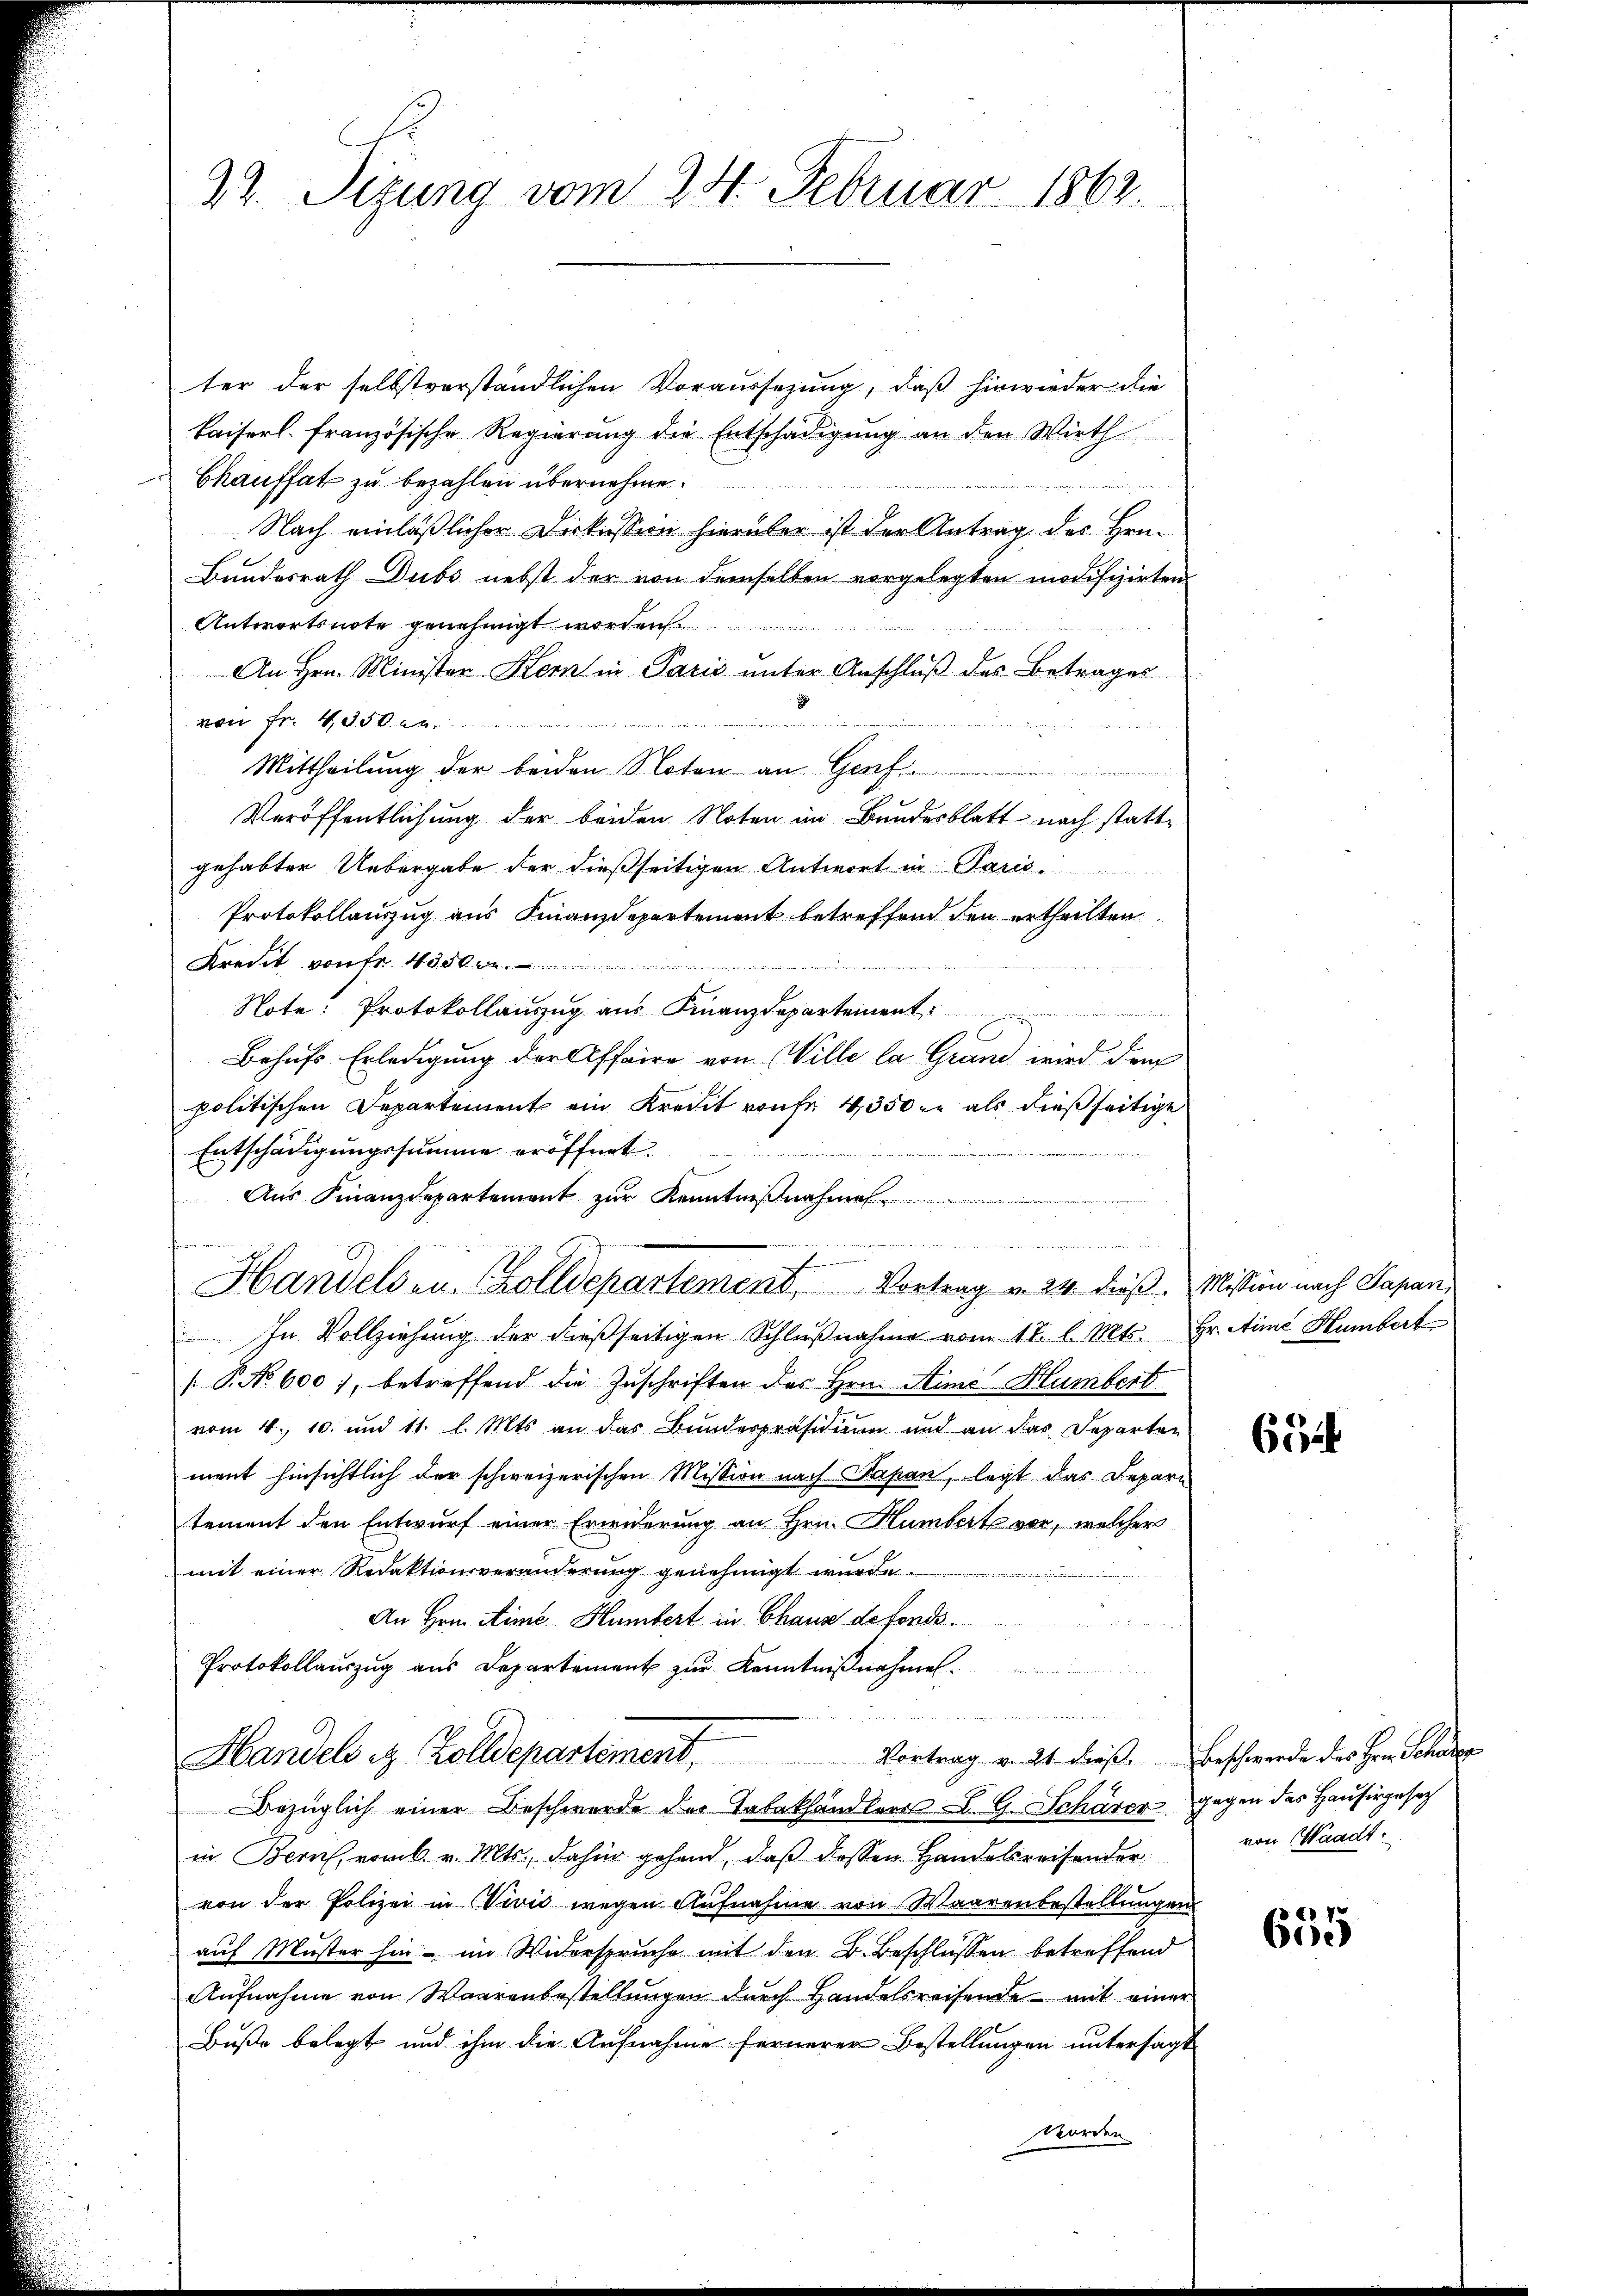
22. Sizung vom 24. Februar 1862.

ter der selbstverständlichen Voraussezung, daß hinwieder die
kaiserl. französische Regierung die Entschädigŭng an den Wirth
bkauffat zu bezahlen übernehme
Nach einläßlicher Diskussion hierüber ist der Antrag des Hen-
Bundesrath Dubs nebst der von demselben vorgelegten modifizirten
Antwortsnote genehmigt worden.
An Hrn. Minister Korn in Paris unter Anschluß des Betrages
von Fr. 4350.
Mittheilung der beiden Noten an Genf
m
Veröffentlichung der beiden Noten im Bundesblatt nach stattgehabter Uebergabe der dießseitigen Antwort in Paris
Protokollauszug aus Finanzdepartement betreffend den ertheilten
Kredit von fr. 43500.
Note: Protokollauszug aus Finanzdepartement
Behufs Erledigung der Affaire von Wille la Grand wird dem
politischen Departement ein Kredit von fr. 1350 in als dießseitige
Entschädigungssumme eröffnet.
egierungenden
d
Aŭs Finanzdepartement zŭr Kenntniβnahme.

Handelsen. Colldepartement, Vortrag v. 24. dieβ. Mission nach Papani
In Vollziehŭng der dießseitigen Schlŭβnahme vom 17. l. Mts. Hr. Ain Humbert
( P. No 600), betreffend die Zuschriften des Hrn. Simo Humbert
vom 4. 10. und 11. l. Mts. an das Bundespräsidium und an das Departen
ment hinsichtlich der schweizerischen Mission nach Papan, legt das Deparn
tement den Entwurf einer Erwiderung an Hrn. Humbert vor, welcher
mit einer Redaktionsveränderung genehmigt wurde.
An Hrn. Sime Humbert in Chaus de fonds.
Protokollauszug aus Departement zŭr Kenntniβnahme.
Vortrag v. 21 dieß. Beschwerde des Hrn. Schade
Handels u. Zolldepartement,
Bezüglich einer Beschwerde der Tabakhändler L. G. Schärer gegen das Hausirgesetz
in Bern, vom 6. v. Mts., dahin gehend, daß dessen Handelsreisender
von der Polizei in Divis wegen Aufnahme von Waarenbestellungen
auf Muster hin - im Widerspruche mit den B. Beschlüssen betreffend
Aŭfnahme von Waarenbestellungen durch Handelsreisende mit einer
Buße belegt und ihm die Aufnahme fernerer Bestellungen untersagt
worden

65

von Waadt

655